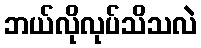
ဘယ်လိုလုပ်သိသလဲ